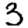
Digit: 3